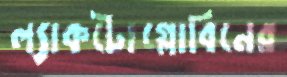
ল্যাকটোগ্লোবিনের